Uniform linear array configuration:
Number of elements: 12
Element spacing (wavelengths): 1
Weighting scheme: hamming
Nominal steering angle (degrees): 30
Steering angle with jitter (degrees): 29.361
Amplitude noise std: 0.05
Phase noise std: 0.05

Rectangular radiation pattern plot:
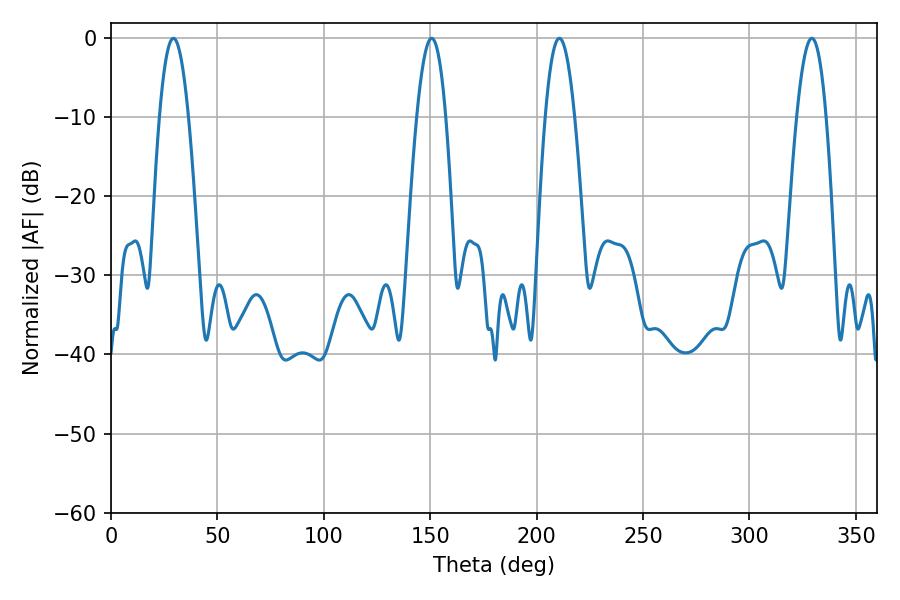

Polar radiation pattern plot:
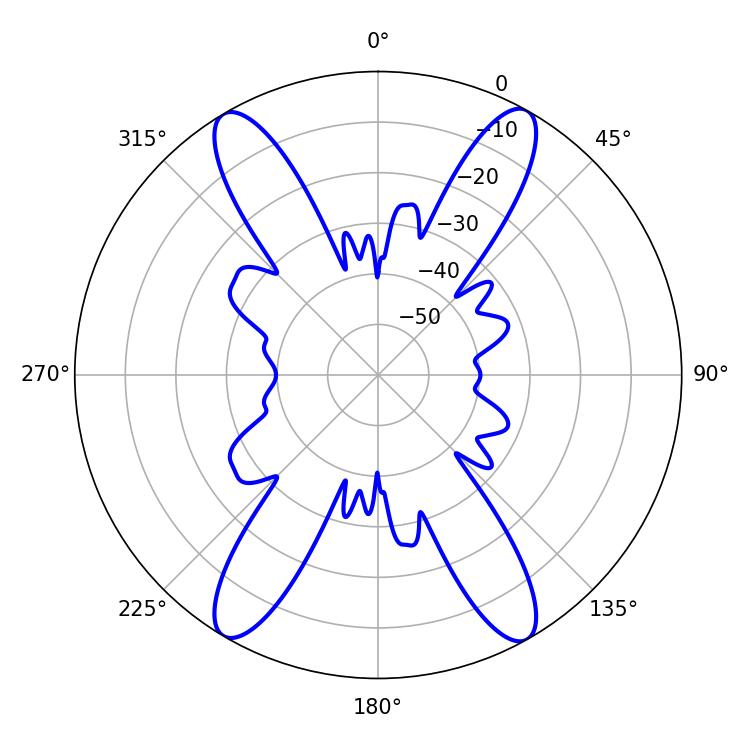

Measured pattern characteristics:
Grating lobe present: TRUE
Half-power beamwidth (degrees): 7.38
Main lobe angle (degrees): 29.34